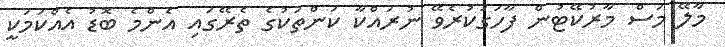
މާލޭ މަސް މާރުކޭޓުން ފާހަގަކުރެވޭ ނުރައްކާ ކަންތަކުގެ ތެރޭގައި އެންމެ ބޮޑު އެއްކަމަކީ